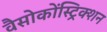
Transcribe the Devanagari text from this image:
वैसोकोंस्ट्रिक्शन